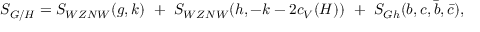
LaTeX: S _ { G / H } = S _ { W Z N W } ( g , k ) ~ + ~ S _ { W Z N W } ( h , - k - 2 c _ { V } ( H ) ) ~ + ~ S _ { G h } ( b , c , \bar { b } , \bar { c } ) ,